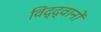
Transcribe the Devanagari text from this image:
विद्द्वानों